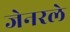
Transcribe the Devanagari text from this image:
जेनरले